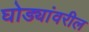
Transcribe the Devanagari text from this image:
घोड्यांवरील